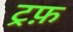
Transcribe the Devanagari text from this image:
ट्रफ़